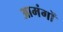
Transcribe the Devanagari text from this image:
आमंगों